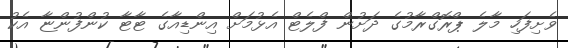
ވެށިފަހި މާލެ ޕްރޮގްރާމުގެ ދަށުން ފްލެޓް އެޅުމަށް އިންޑިއާގެ ޓާޓާ ކުންފުންޏާ އެކު